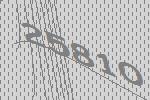
25810